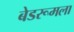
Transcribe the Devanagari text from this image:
बेडरूमला